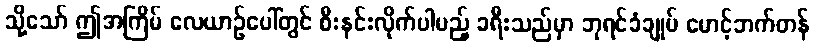
သို့သော် ဤအကြိမ် လေယာဉ်ပေါ်တွင် စီးနင်းလိုက်ပါမည့် ခရီးသည်မှာ ဘုရင်ခံချုပ် မောင့်ဘက်တန်